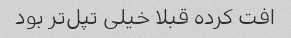
افت کرده قبلا خیلی تپل‌تر بود